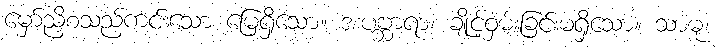
မှော်ညှိစသည်ကင်းသော မြေရှိသော။ အပဗ္ဘာရာ၊ ချိုင့်ဝှမ်းခြင်းမရှိသော။ သာဓု၊